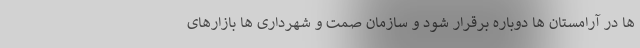
ها در آرامستان ها دوباره برقرار شود و سازمان صمت و شهرداری ها بازارهای